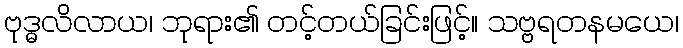
ဗုဒ္ဓလိလာယ၊ ဘုရား၏ တင့်တယ်ခြင်းဖြင့်။ သဗ္ဗရတနမယေ၊